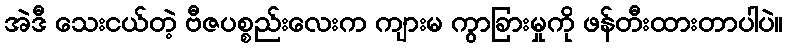
အဲဒီ သေးငယ်တဲ့ ဗီဇပစ္စည်းလေးက ကျားမ ကွာခြားမှုကို ဖန်တီးထားတာပါပဲ။